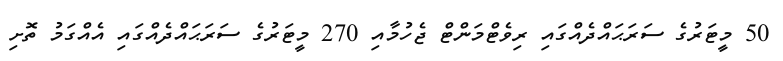
50 މީޓަރުގެ ސަރަޙައްދެއްގައި ރިވެޓްމަންޓް ޖެހުމާއި 270 މީޓަރުގެ ސަރަޙައްދެއްގައި އެއްގަމު ތޮށި